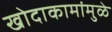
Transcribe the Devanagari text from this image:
खोदाकामांमुळे